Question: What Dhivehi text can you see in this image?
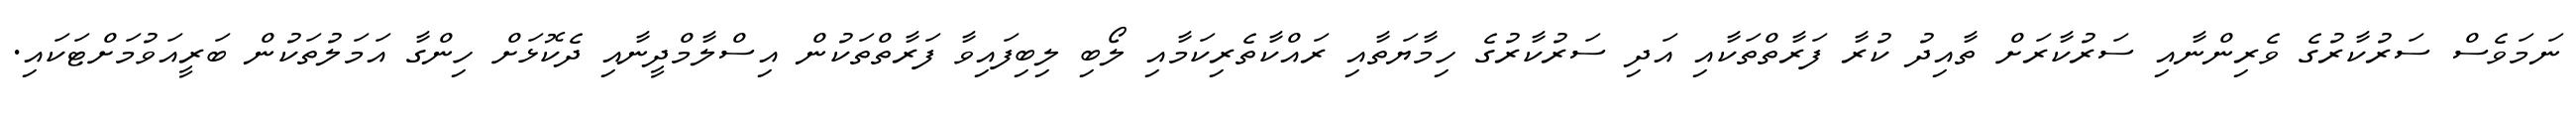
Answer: ނަމަވެސް ސަރުކާރުގެ ވެރިންނާއި ސަރުކާރަށް ތާއިދު ކުރާ ފަރާތްތަކާއި އަދި ސަރުކާރުގެ ހިމާޔަތާއި ރައްކާތެރިކަމާއި ލޯބި ލިބިފައިވާ ފަރާތްތަކުން އިސްލާމްދީނާއި ދެކޮޅަށް ހިންގާ އަމަލުތަކުން ބަރީއަވުމަށްޓަކައި.